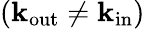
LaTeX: (\mathbf{k_{\mathrm{out}}}\neq\mathbf{k_{\mathrm{in}}})